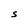
Character: S